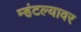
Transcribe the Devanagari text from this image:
म्हंटल्यावर